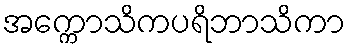
အက္ကောသိကပရိဘာသိကာ